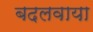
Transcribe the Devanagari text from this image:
बदलवाया